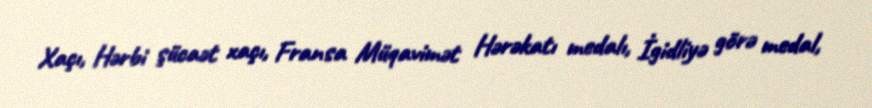
Xaçı, Hərbi şücaət xaçı, Fransa Müqavimət Hərəkatı medalı, İgidliyə görə medal,